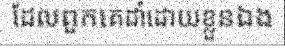
ដែលពួកគេដាំដោយខ្លួនឯង